Anatomy and histology of ticks - Number 23
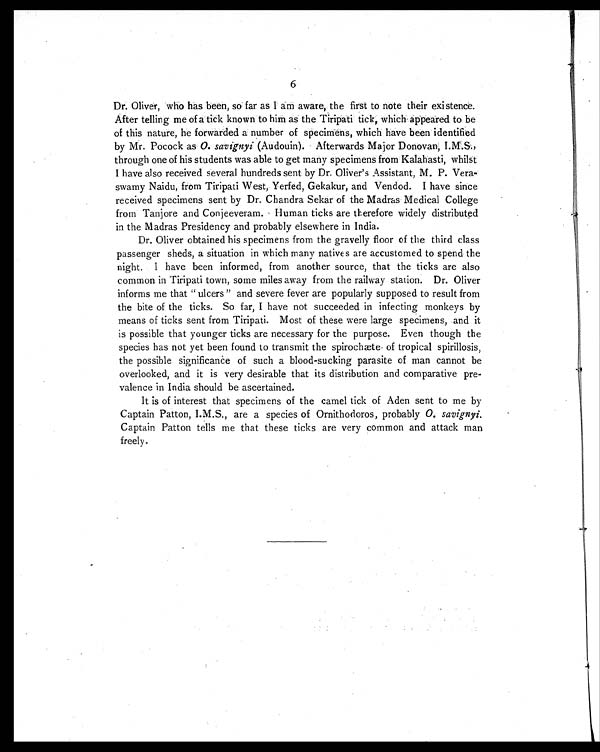
6
Dr. Oliver, who has been, so far as I am aware, the first to note their existence.
After telling me of a tick known to him as the Tiripati tick, which appeared to be
of this nature, he forwarded a number of specimens, which have been identified
by Mr. Pocock as 0. savignyi (Audouin). Afterwards Major Donovan, I.M.S.,
through one of his students was able to get many specimens from Kalahasti, whilst
I have also received several hundreds sent by Dr. Oliver's Assistant, M. P. Vera-
swamy Naidu, from Tiripati West, Yerfed, Gekakur, and Vendod. I have since
received specimens sent by Dr. Chandra Sekar of the Madras Medical College
from Tanjore and Conjeeveram. Human ticks are therefore widely distributed
in the Madras Presidency and probably elsewhere in India.
Dr. Oliver obtained his specimens from the gravelly floor of the third class
passenger sheds, a situation in which many natives are accustomed to spend the
night. I have been informed, from another source, that the ticks are also
common in Tiripati town, some miles away from the railway station. Dr. Oliver
informs me that "ulcers" and severe fever are popularly supposed to result from
the bite of the ticks. So far, I have not succeeded in infecting monkeys by
means of ticks sent from Tiripati. Most of these were large specimens, and it
is possible that younger ticks are necessary for the purpose. Even though the
species has not yet been found to transmit the spirochæte of tropical spirillosis,
the possible significance of such a blood-sucking parasite of man cannot be
overlooked, and it is very desirable that its distribution and comparative pre-
valence in India should be ascertained.
It is of interest that specimens of the camel tick of Aden sent to me by
Captain Patton, I.M.S., are a species of Ornithodoros, probably O. savignyi.
Captain Patton tells me that these ticks are very common and attack man
freely.